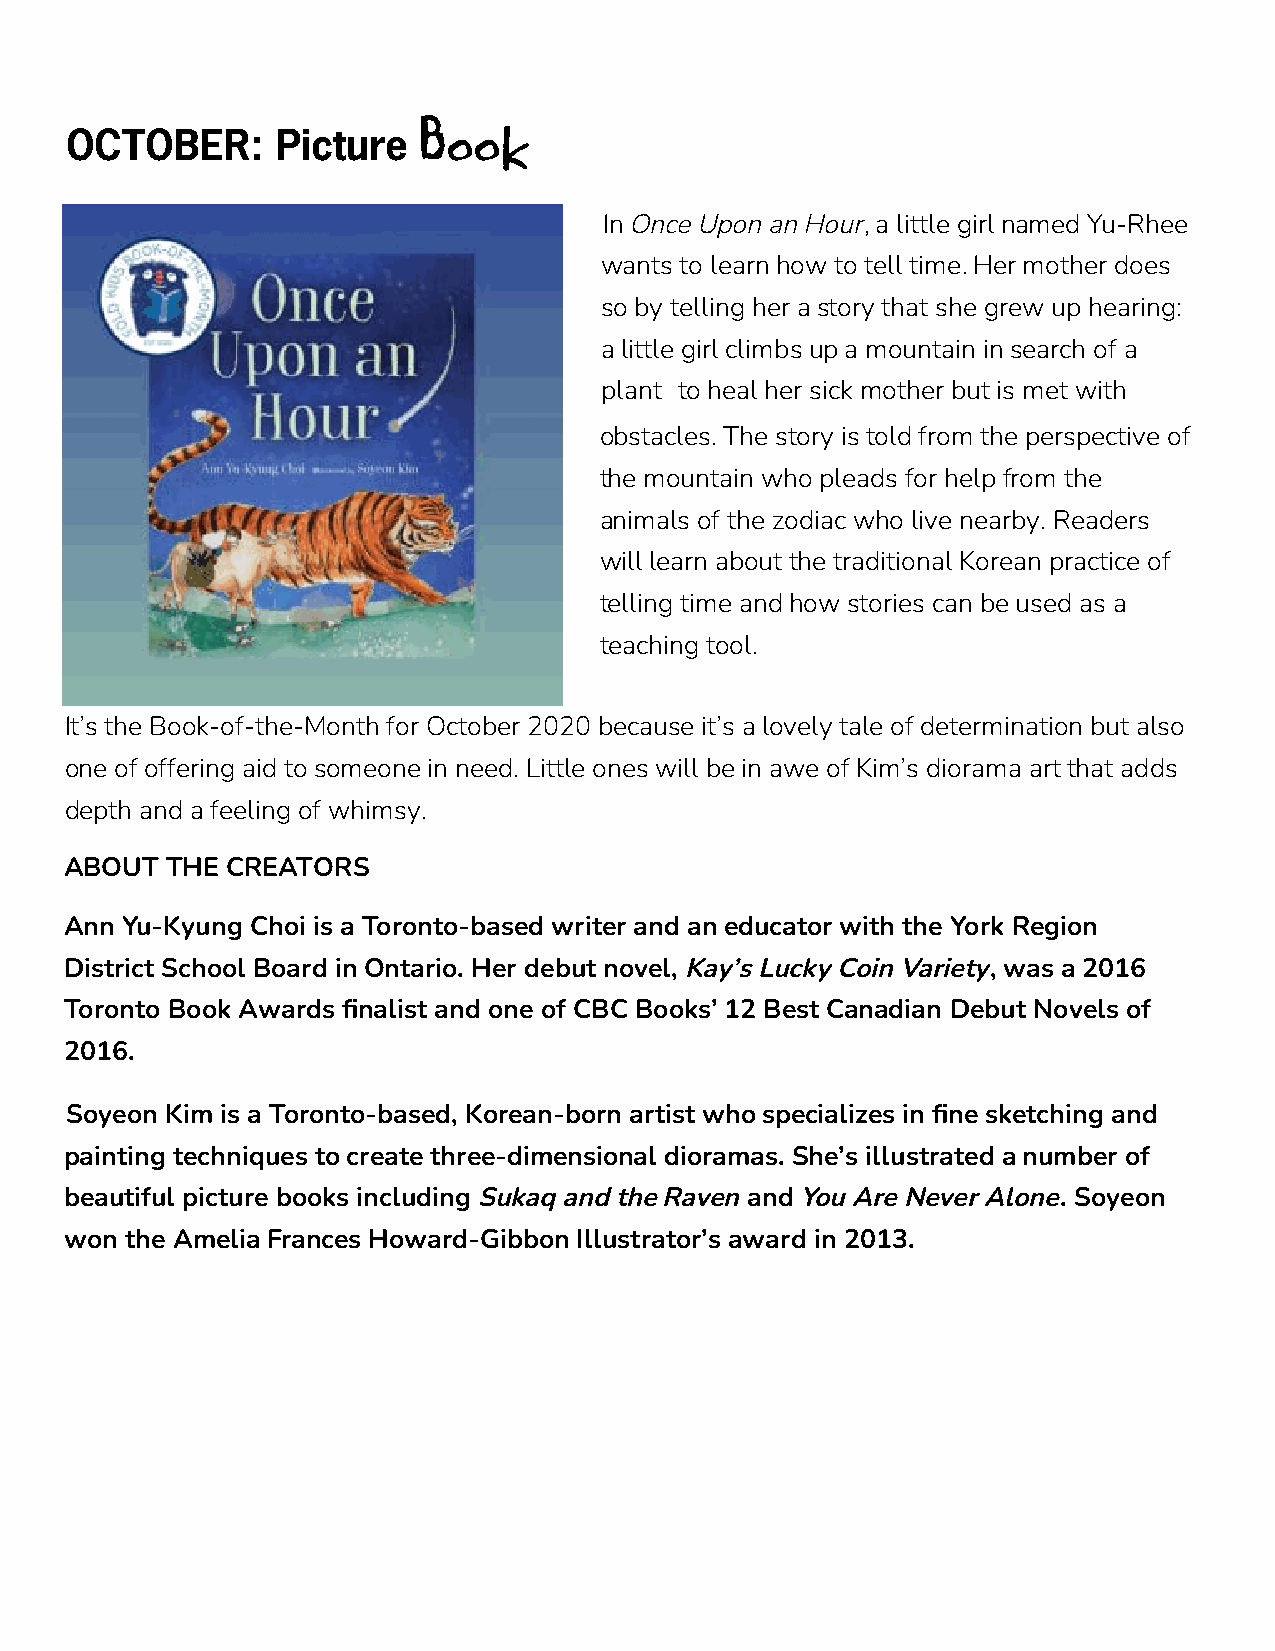
OCTOBER:      Picture
 Book
 In Once Upon an Hour, a little girl named Yu-Rhee
 wants to learn how to tell time. Her mother does
 so by telling her a story that she grew up hearing:
 a little girl climbs up a mountain in search of a
 plant to heal her sick mother but is met with
 obstacles. The story is told from the perspective of
 the mountain who pleads for help from the
 animals of the zodiac who live nearby. Readers
 will learn about the traditional Korean practice of
 telling time and how stories can be used as a
 teaching tool.
 It’s the Book-of-the-Month for October 2020 because it’s a lovely tale of determination but also
 one of offering aid to someone in need. Little ones will be in awe of Kim’s diorama art that adds
 depth and a feeling of whimsy.
 ABOUT  THE CREATORS
 Ann Yu-Kyung Choi is a Toronto-based writer and an educator with the York Region
 District School Board in Ontario. Her debut novel, Kay’s Lucky Coin Variety, was a 2016
 Toronto Book Awards finalist and one of CBC Books’ 12 Best Canadian Debut Novels of
 2016.
 Soyeon Kim is a Toronto-based, Korean-born artist who specializes in fine sketching and
 painting techniques to create three-dimensional dioramas. She’s illustrated a number of
 beautiful picture books including Sukaq and the Raven and You Are Never Alone. Soyeon
 won the Amelia Frances Howard-Gibbon Illustrator’s award in 2013.